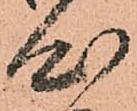
心